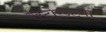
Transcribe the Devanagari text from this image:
रेस्‍टोरन्टमां